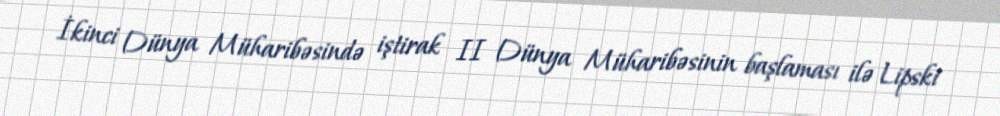
İkinci Dünya Müharibəsində iştirak II Dünya Müharibəsinin başlaması ilə Lipski